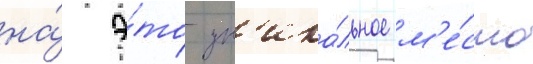
на́ э́то ун'ика́льное м'е́сто